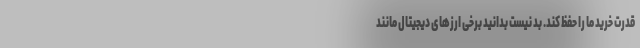
قدرت خرید ما را حفظ کند. بد نیست بدانید برخی ارزهای دیجیتال مانند